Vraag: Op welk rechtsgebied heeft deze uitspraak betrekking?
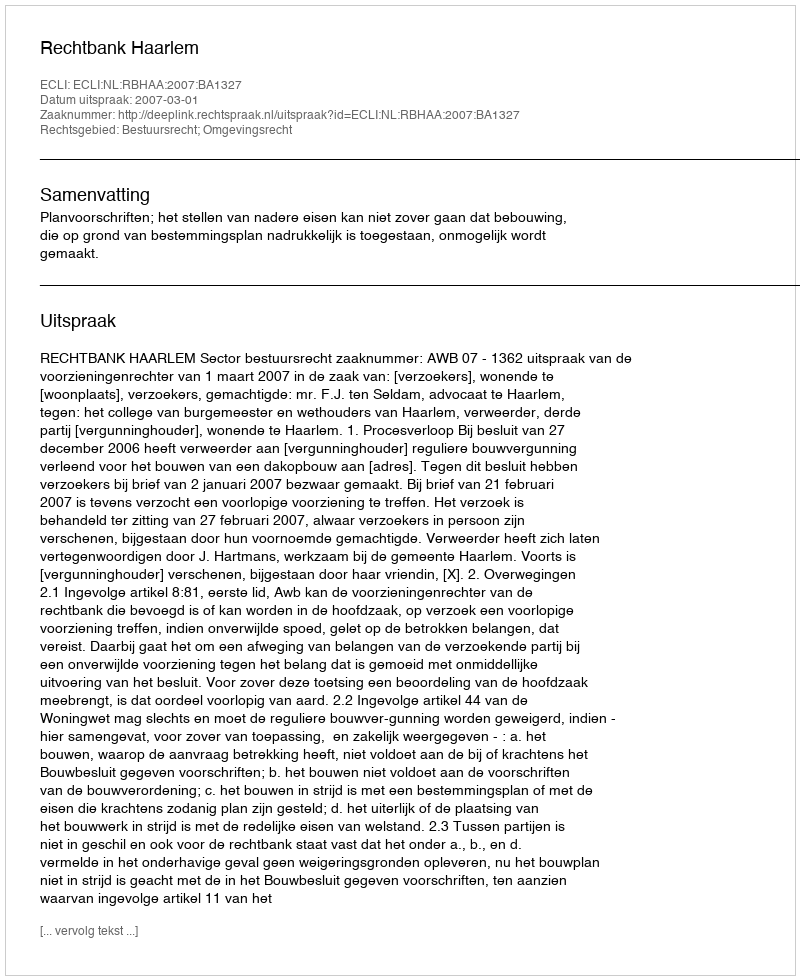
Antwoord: Bestuursrecht; Omgevingsrecht